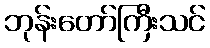
ဘုန်းတော်ကြီးသင်